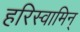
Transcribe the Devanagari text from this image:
हरिस्वामिन्